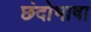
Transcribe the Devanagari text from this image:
छंदोभाषा